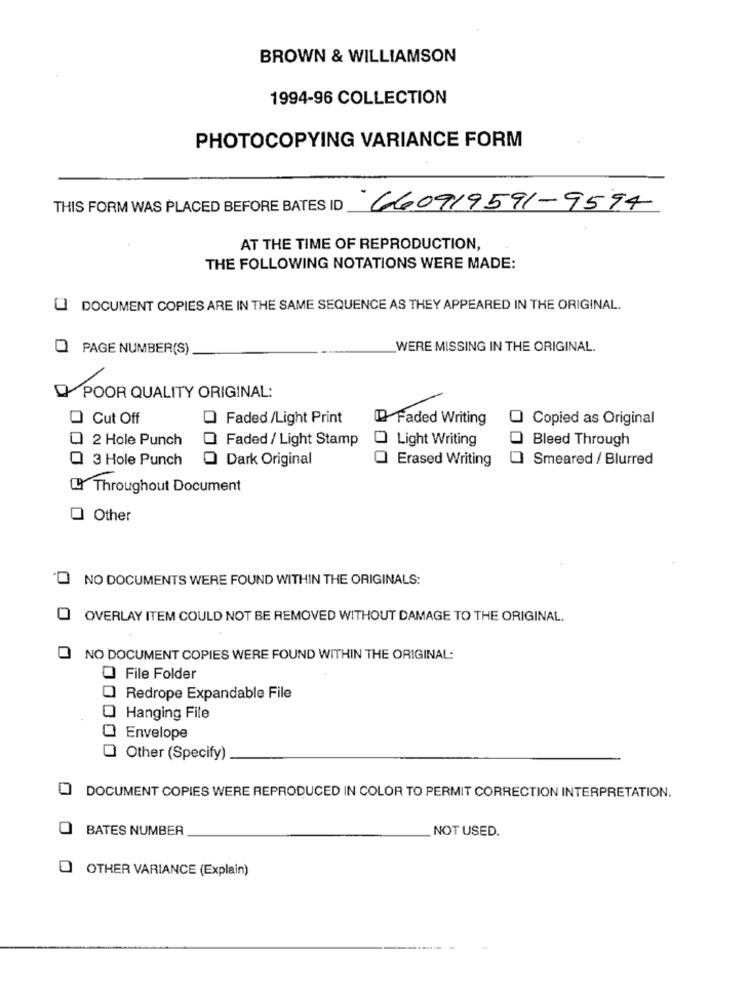
BROWN & WILLIAMSON
1994-96 COLLECTION
PHOTOCOPYING VARIANCE FORM
THIS FORM WAS PLACED BEFORE BATES ID
660919591-9594
AT THE TIME OF REPRODUCTION,
THE FOLLOWING NOTATIONS WERE MADE:
DOCUMENT COPIES ARE IN THE SAME SEQUENCE AS THEY APPEARED IN THE ORIGINAL.
O PAGE NUMBER(S)
WERE MISSING IN THE ORIGINAL.
POOR QUALITY ORIGINAL:
Cut Off
Faded /Light Print
Faded Writing
Copied as Original
2 Hole Punch
Faded / Light Stamp
Light Writing
Bleed Through
3 Hole Punch
Dark Original
Erased Writing
Smeared / Blurred
IL Throughout Document
O Other
O NO DOCUMENTS WERE FOUND WITHIN THE ORIGINALS:
OVERLAY ITEM COULD NOT BE REMOVED WITHOUT DAMAGE TO THE ORIGINAL.
0
NO DOCUMENT COPIES WERE FOUND WITHIN THE ORIGINAL:
0 File Folder
Redrope Expandable File
Hanging File
Envelope
Other (Specify)
0
DOCUMENT COPIES WERE REPRODUCED IN COLOR TO PERMIT CORRECTION INTERPRETATION.
0
BATES NUMBER
NOT USED.
O OTHER VARIANCE (Explain)